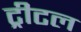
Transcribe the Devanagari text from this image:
ट्रीटल